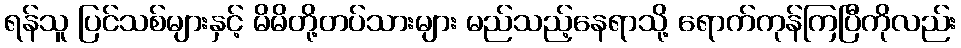
ရန်သူ ပြင်သစ်များနှင့် မိမိတို့တပ်သားများ မည်သည့်နေရာသို့ ရောက်ကုန်ကြပြီကိုလည်း